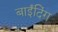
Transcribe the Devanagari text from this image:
बाईंदिंग